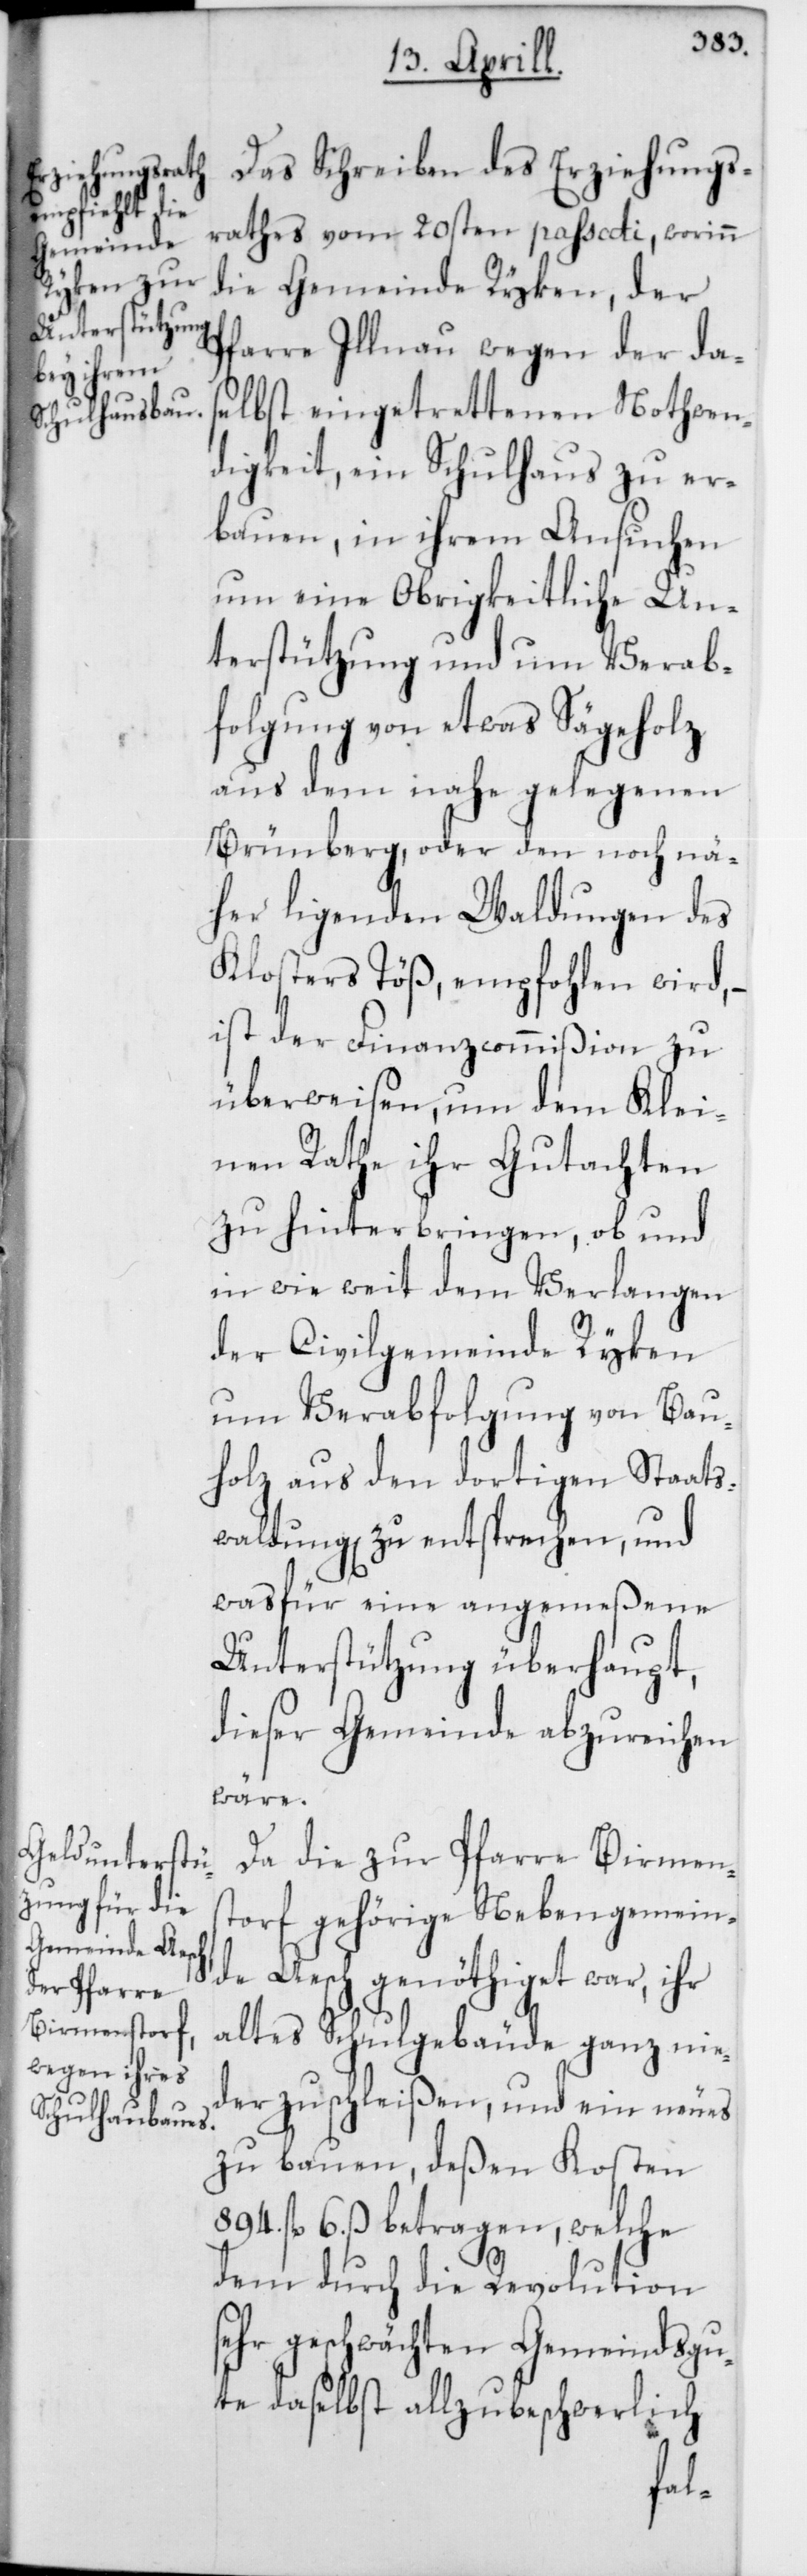
Das Schreiben des Erziehungs¬
rathes vom 20sten passati, worinn
die Gemeinde Rykon, der
Pfarre Illnau wegen der das¬
elbst eingetrettenen Nothwen¬
digkeit, ein Schulhaus zu er¬
bauen, in ihrem Ansuchen
um eine Obrigkeitliche Un¬
terstützung und um Verab¬
folgung von etwas Sägeholz
aus dem nahe gelegenen
Brünberg, oder den noch nä¬
her ligenden Waldungen des
Klosters Töß, empfohlen wird, –
ist der Finanzcommißion zu
überweisen, um dem Klei¬
nen Rathe ihr Gutachten
zu hinterbringen, ob und
in wie weit dem Verlangen
der Civilgemeinde Rykon
um Verabfolgung von Bau¬
holz aus den dortigen Staats¬
waldungen zu entsprechen, und
was für eine angemeßene
Unterstützung überhaupt,
dieser Gemeinde abzureichen
wäre.
Da die zur Pfarre Birmens¬
torf gehörige Nebengemein¬
de Aesch genöthiget war, ihr
altes Schulgebäude ganz nie¬
derzuschleißen, und ein neues
zu bauen, deßen Kosten
894. fl. 6. ß betragen, welche
dem durch die Revolution
hr geschwächten Gemeindsgu¬
te daselbst allzu beschwerlich
se¬